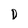
Character: D